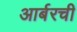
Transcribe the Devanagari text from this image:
आर्बरची